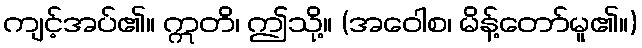
ကျင့်အပ်၏။ ဣတိ၊ ဤသို့။ (အဝေါစ၊ မိန့်တော်မူ၏။)